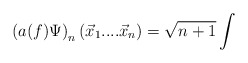
\begin{align*}\left( a(f)\Psi \right) _{n}(\vec{x}_{1}....\vec{x}_{n})=\sqrt{n+1}\int\end{align*}